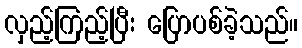
လှည့်ကြည့်ပြီး ပြောပစ်ခဲ့သည်။